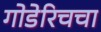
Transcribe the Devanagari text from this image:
गोडेरिचचा